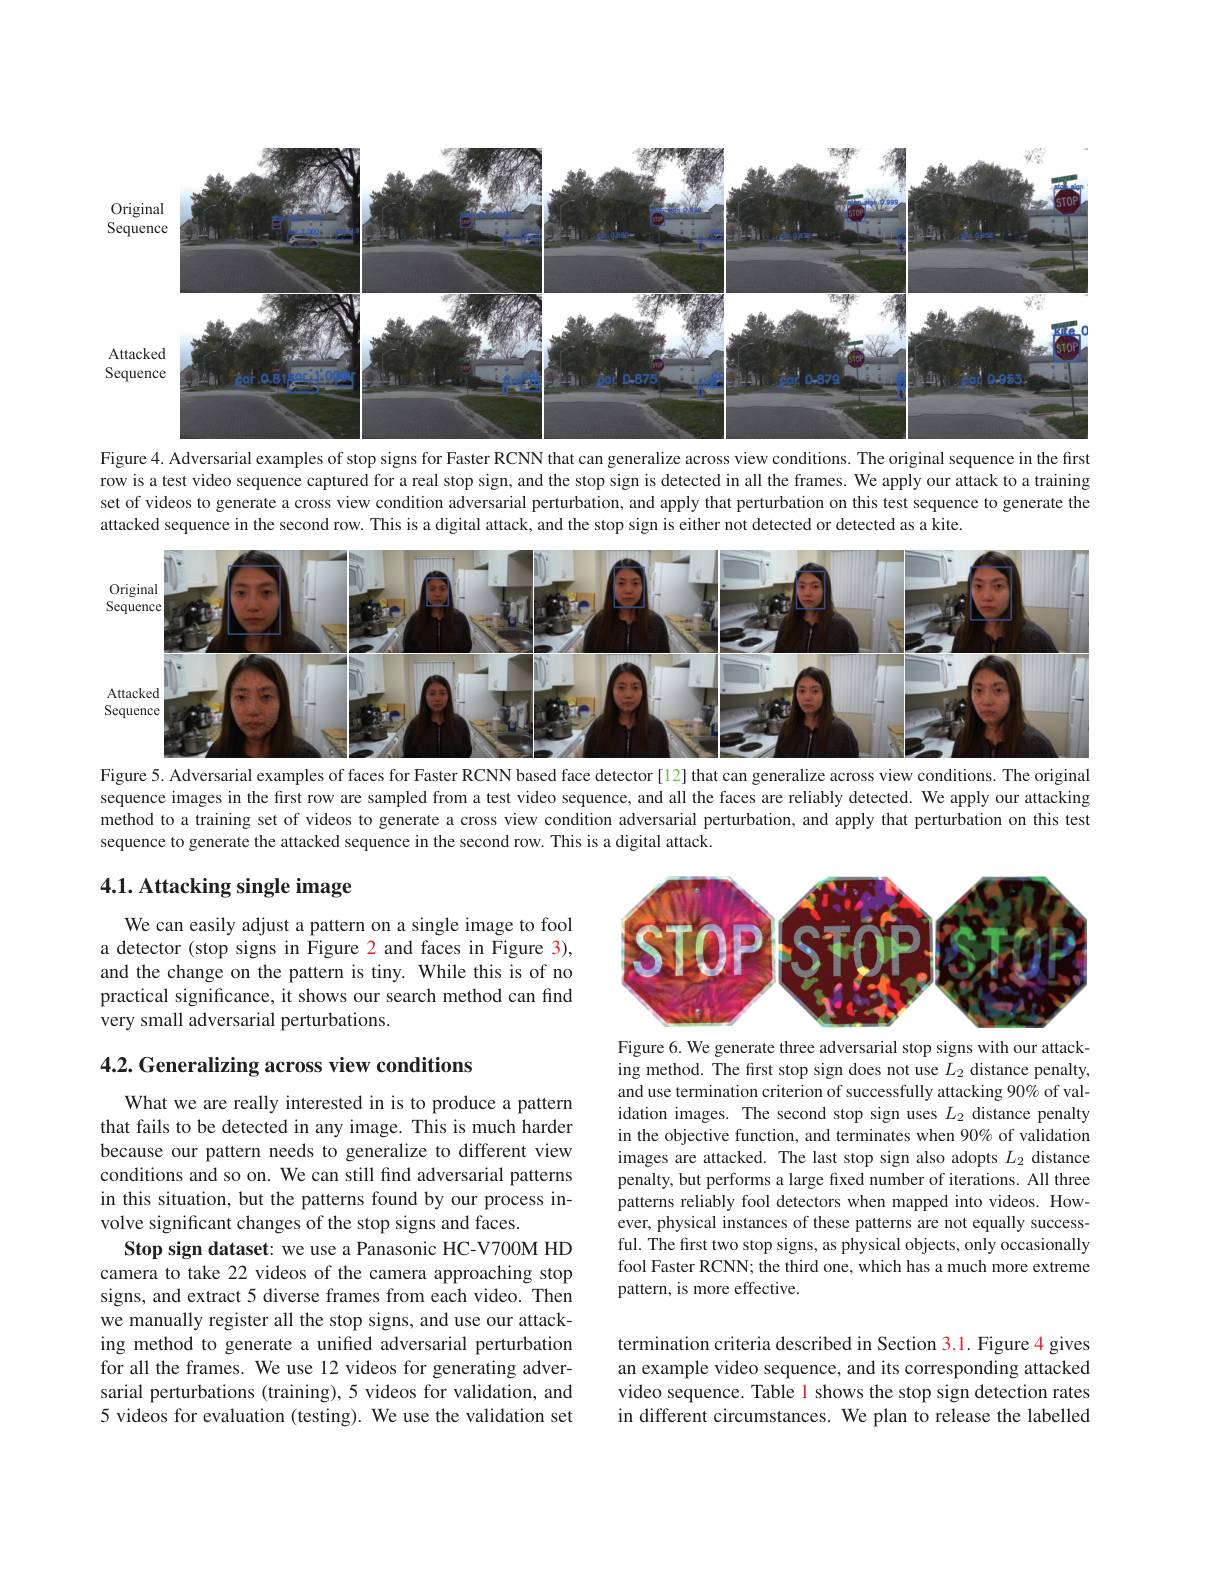
<FigureHere>

Figure 4. Adversarial examples of stop signs for Faster RCNN that can generalize across view conditions. The original sequence in the first row is a test video sequence captured for a real stop sign, and the stop sign is detected in all the frames. We apply our attack to a training set of videos to generate a cross view condition adversarial perturbation, and apply that perturbation on this test sequence to generate the attacked sequence in the second row. This is a digital attack, and the stop sign is either not detected or detected as a kite.

<FigureHere>

Figure 5. Adversarial examples of faces for Faster RCNN based face detector[12] that can generalize across view conditions. The original sequence images in the first row are sampled from a test video sequence, and all the faces are reliably detected. We apply our attacking method to a training set of videos to generate a cross view condition adversarial perturbation, and apply that perturbation on this test sequence to generate the attacked sequence in the second row. This is a digital attack.

## 4.1. Attacking single image

<FigureHere>

We can easily adjust a pattern on a single image to fool a detector (stop signs in Figure 2 and faces in Figure 3), and the change on the pattern is tiny. While this is of no practical significance, it shows our search method can find very small adversarial perturbations.

4.2. Generalizing across view conditions

Figure 6. We generate three adversarial stop signs with our attacking method. The first stop sign does not use $L_2$ distance penalty, and use termination criterion of successfully attacking 90% of validation images. The second stop sign uses $L_{2}$ distance penalty in the objective function, and terminates when 90% of validation images are attacked. The last stop sign also adopts $L_2$ distance penalty, but performs a large fixed number of iterations. All three patterns reliably fool detectors when mapped into videos. However, physical instances of these patterns are not equally successful. The first two stop signs, as physical objects, only occasionally fool Faster RCNN; the third one, which has a much more extreme pattern, is more effective.

What we are really interested in is to produce a pattern that fails to be detected in any image. This is much harder because our pattern needs to generalize to different view conditions and so on. We can still find adversarial patterns in this situation, but the patterns found by our process involve significant changes of the stop signs and faces.
Stop sign dataset: we use a Panasonic HC-V700M HD camera to take 22 videos of the camera approaching stop signs, and extract 5 diverse frames from each video. Then we manually register all the stop signs, and use our attacking method to generate a unified adversarial perturbation for all the frames. We use 12 videos for generating adversarial perturbations (training), 5 videos for validation, and 5 videos for evaluation (testing). We use the validation set

termination criteria described in Section 3.1. Figure 4 gives an example video sequence, and its corresponding attacked video sequence. Table 1 shows the stop sign detection rates in different circumstances. We plan to release the labelled